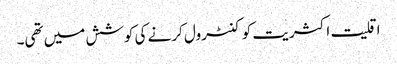
اقلیت اکثریت کو کنٹرول کرنے کی کوشش میں تھی۔